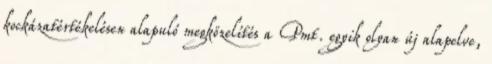
kockázatértékelésen alapuló megközelítés a Pmt. egyik olyan új alapelve,